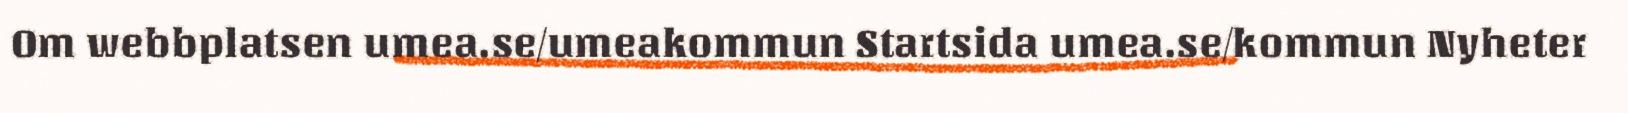
Om webbplatsen umea.se/umeakommun Startsida umea.se/kommun Nyheter